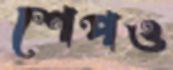
শেপও